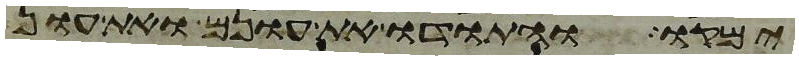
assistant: ימקו והתודו את עונם ואת עון